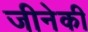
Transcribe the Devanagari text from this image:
जीनेकी